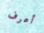
أعرف